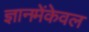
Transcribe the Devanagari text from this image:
ज्ञानमेंकेवल